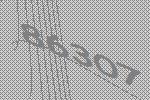
86307